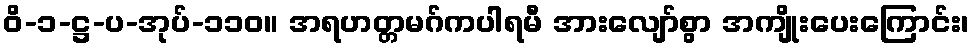
ဝိ-၁-ဋ္ဌ-ပ-အုပ်-၁၁၀။ အရဟတ္တမဂ်ကပါရမီ အားလျော်စွာ အကျိုးပေးကြောင်း၊